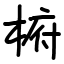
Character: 椨